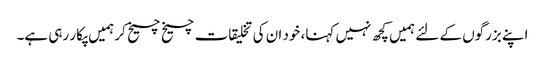
اپنے بزرگوں کے لئے ہمیں کچھ نہیں کہنا، خود ان کی تخلیقات چیخ چیخ کر ہمیں پکار رہی ہے۔